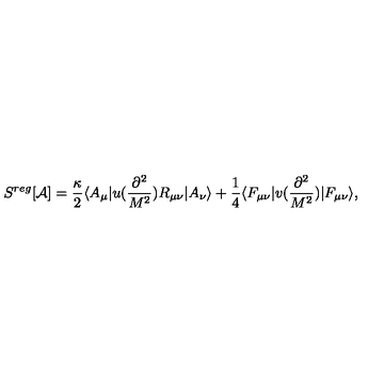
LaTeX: S ^ { r e g } [ { \mathcal A } ] = \frac { \kappa } { 2 } \langle A _ { \mu } | u ( \frac { \partial ^ { 2 } } { M ^ { 2 } } ) R _ { \mu \nu } | A _ { \nu } \rangle + \frac { 1 } { 4 } \langle F _ { \mu \nu } | v ( \frac { \partial ^ { 2 } } { M ^ { 2 } } ) | F _ { \mu \nu } \rangle ,